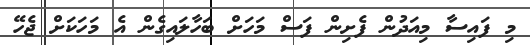
މި ފައިސާ މިއަދުން ފެށިން ފަސް މަހަށް ބަހާލައިގެން އެ މަހަކަށް ޖެހޭ